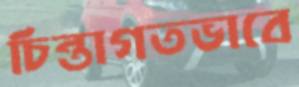
চিন্তাগতভাবে